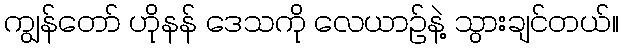
ကျွန်တော် ဟိုနန် ဒေသကို လေယာဉ်နဲ့ သွားချင်တယ်။